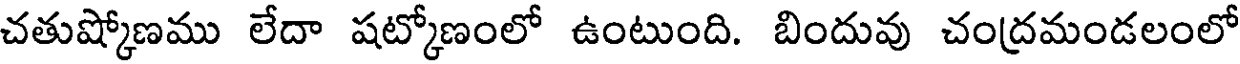
చతుష్కోణము లేదా షట్కోణంలో ఉంటుంది. బిందువు చంద్రమండలంలో